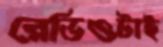
রেডিওটাই